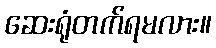
ဆေးရုံတက်ရမလား။